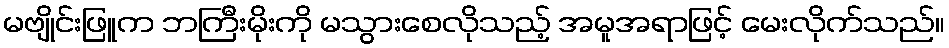
မဗျိုင်းဖြူက ဘကြီးမိုးကို မသွားစေလိုသည့် အမူအရာဖြင့် မေးလိုက်သည်။